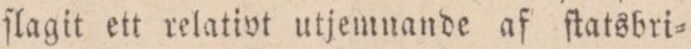
ſlagit ett relativt utjemuande af ſtatsbri=